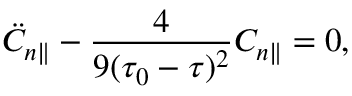
\ddot { C } _ { n \parallel } - \frac { 4 } { 9 ( \tau _ { 0 } - \tau ) ^ { 2 } } C _ { n \parallel } = 0 ,